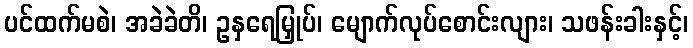
ပင်ထက်မစဲ၊ အခဲခဲတိ၊ ဥနှရေမြှုပ်၊ မျောက်လုပ်စောင်းလျား၊ သဖန်းခါးနှင့်၊